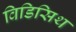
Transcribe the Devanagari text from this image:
विडिसिथ